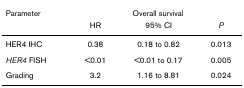
<table><thead><tr><td><b>Parameter</b></td><td colspan="3"><b>Overall survival</b></td></tr><tr><td></td><td><b>HR</b></td><td><b>95% CI</b></td><td><b><i>P</i></b></td></tr></thead><tbody><tr><td>HER4 IHC</td><td>0.38</td><td>0.18 to 0.82</td><td>0.013</td></tr><tr><td><i>HER4 </i>FISH</td><td>&lt;0.01</td><td>&lt;0.01 to 0.17</td><td>0.005</td></tr><tr><td>Grading</td><td>3.2</td><td>1.16 to 8.81</td><td>0.024</td></tr></tbody></table>